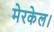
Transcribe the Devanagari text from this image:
मेरकेल।